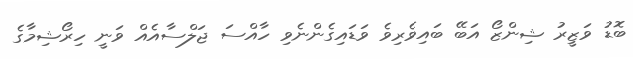
ބޮޑު ވަޒީރު ޝިންޒޯ އަބޭ ބައިވެރިވެ ވަޑައިގެންނެވި ހާއްސަ ޖަލްސާއެއް ވަނީ ހިރޯޝިމާގެ